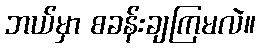
ဘယ်မှာ စခန်းချကြမလဲ။